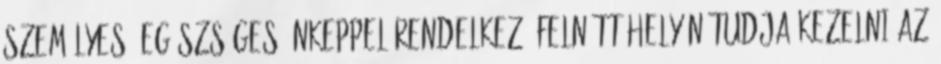
Személyes: egészséges énkeppel rendelkező felnőtt helyén tudja kezelni az